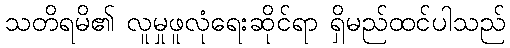
သတိရမိ၏ လူမှုဖူလုံရေးဆိုင်ရာ ရှိမည်ထင်ပါသည်